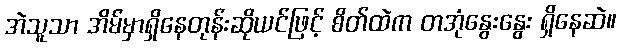
အဲသူသာ အိမ်မှာရှိနေတုန်းဆိုယင်ဖြင့် စိတ်ထဲက တအုံနွေးနွေး ရှိနေဆဲ။